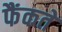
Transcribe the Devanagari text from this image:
फैंकते